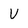
Character: V